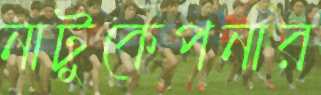
নাটুকেপনার